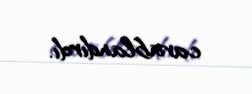
cavablandırdı.